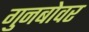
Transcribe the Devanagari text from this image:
गुनबोवर